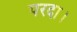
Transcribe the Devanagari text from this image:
परदा।